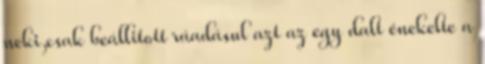
neki,csak beállitott ráadásul azt az egy dalt énekelte a